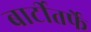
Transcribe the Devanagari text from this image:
बार्टीतर्फे